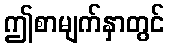
ဤစာမျက်နှာတွင်